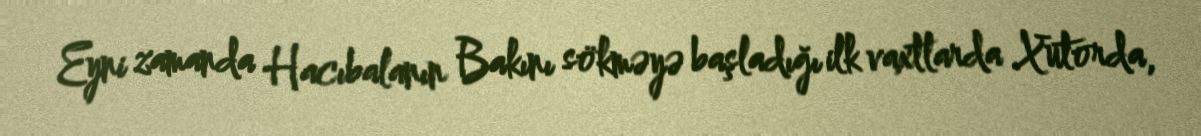
Eyni zamanda Hacıbalanın Bakını sökməyə başladığı ilk vaxtlarda Xutorda,